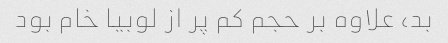
بد، علاوه بر حجم کم پر از لوبیا خام بود